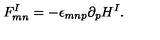
F _ { m n } ^ { I } = - \epsilon _ { m n p } \partial _ { p } H ^ { I } .